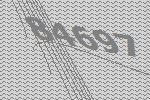
84697